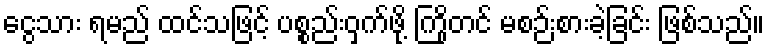
ငွေသား ရမည် ထင်သဖြင့် ပစ္စည်းဝှက်ဖို့ ကြိုတင် မစဉ်းစားခဲ့ခြင်း ဖြစ်သည်။